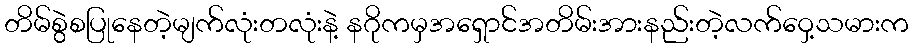
တိမ်စွဲစပြုနေတဲ့မျက်လုံးတလုံးနဲ့ နဂိုကမှအရှောင်အတိမ်းအားနည်းတဲ့လက်ဝှေ့သမားက